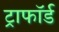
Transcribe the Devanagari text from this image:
ट्राफॉर्ड